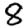
Digit: 8